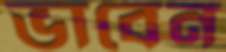
ভাবেন